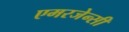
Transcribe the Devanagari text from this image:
एमरजेन्सी